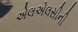
એલએલસીની